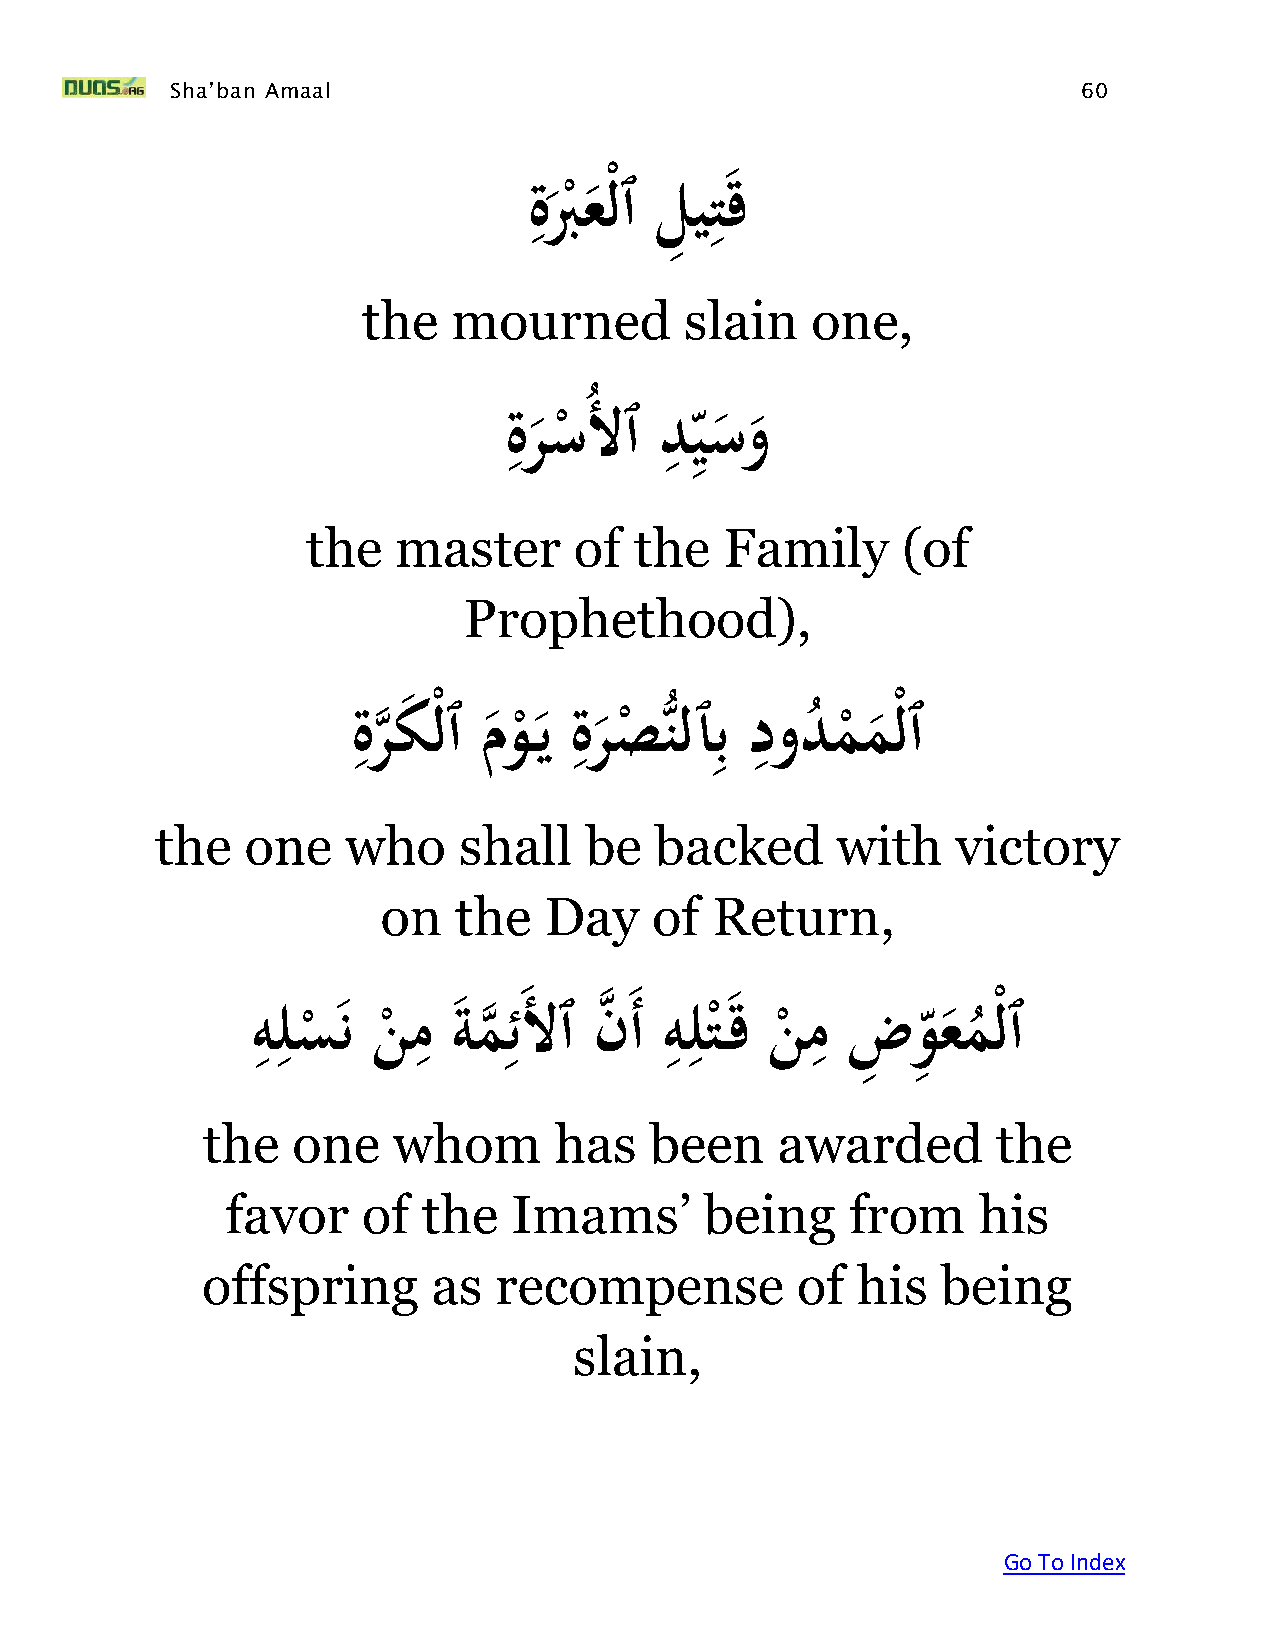
Sha’ban Amaal                                                60
 ِ           ِ
 َةبُعْلٱَلِ يت ق
 ْ
 the   mourned        slain    one,
 ِ         ِ
 ِ
 َةرسَُلٱَديسو
 ْ
 the   master      of  the   Family      (of
 Prophethood),
 ِ              ِ        ِ  ِ
 َةر هك ْلٱَم و
 ْ
 يَةر ص
 ْ
 ُّنلٱبَدود
 ُ
 م
 ْ
 م ْلٱ
 the   one    who    shall    be  backed      with    victory
 on   the   Day    of  Return,
 ِِ        ِ     ِ          ِِ        ِ
 َهلس
 ْ
 نَن
 ْ
 مَ ةم
 ه
 ئ َلٱَنه َأَهلت
 ْ
 قَن
 ْ
 مَضِ   وِ ع م
 ُ
 ْلٱ
 the   one    whom       has   been    awarded        the
 favor    of  the   Imams’       being    from     his
 offspring       as  recompense          of  his  being
 slain,
 Go To Index